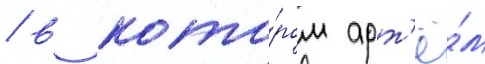
/ в кото́ром арт'ё́м